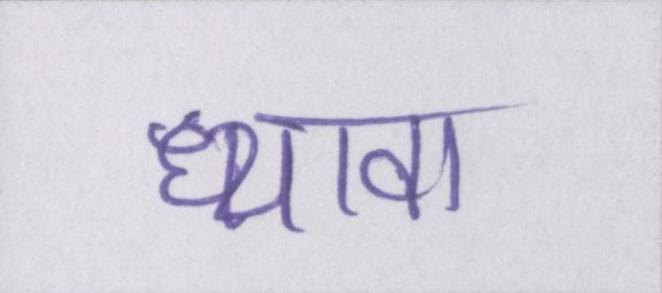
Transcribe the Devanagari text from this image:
ध्यावा